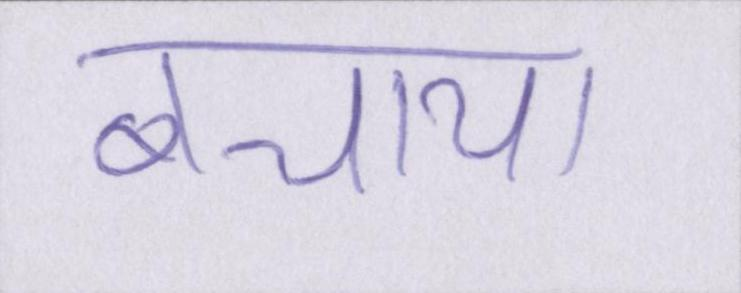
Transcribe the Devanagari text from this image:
बचाया